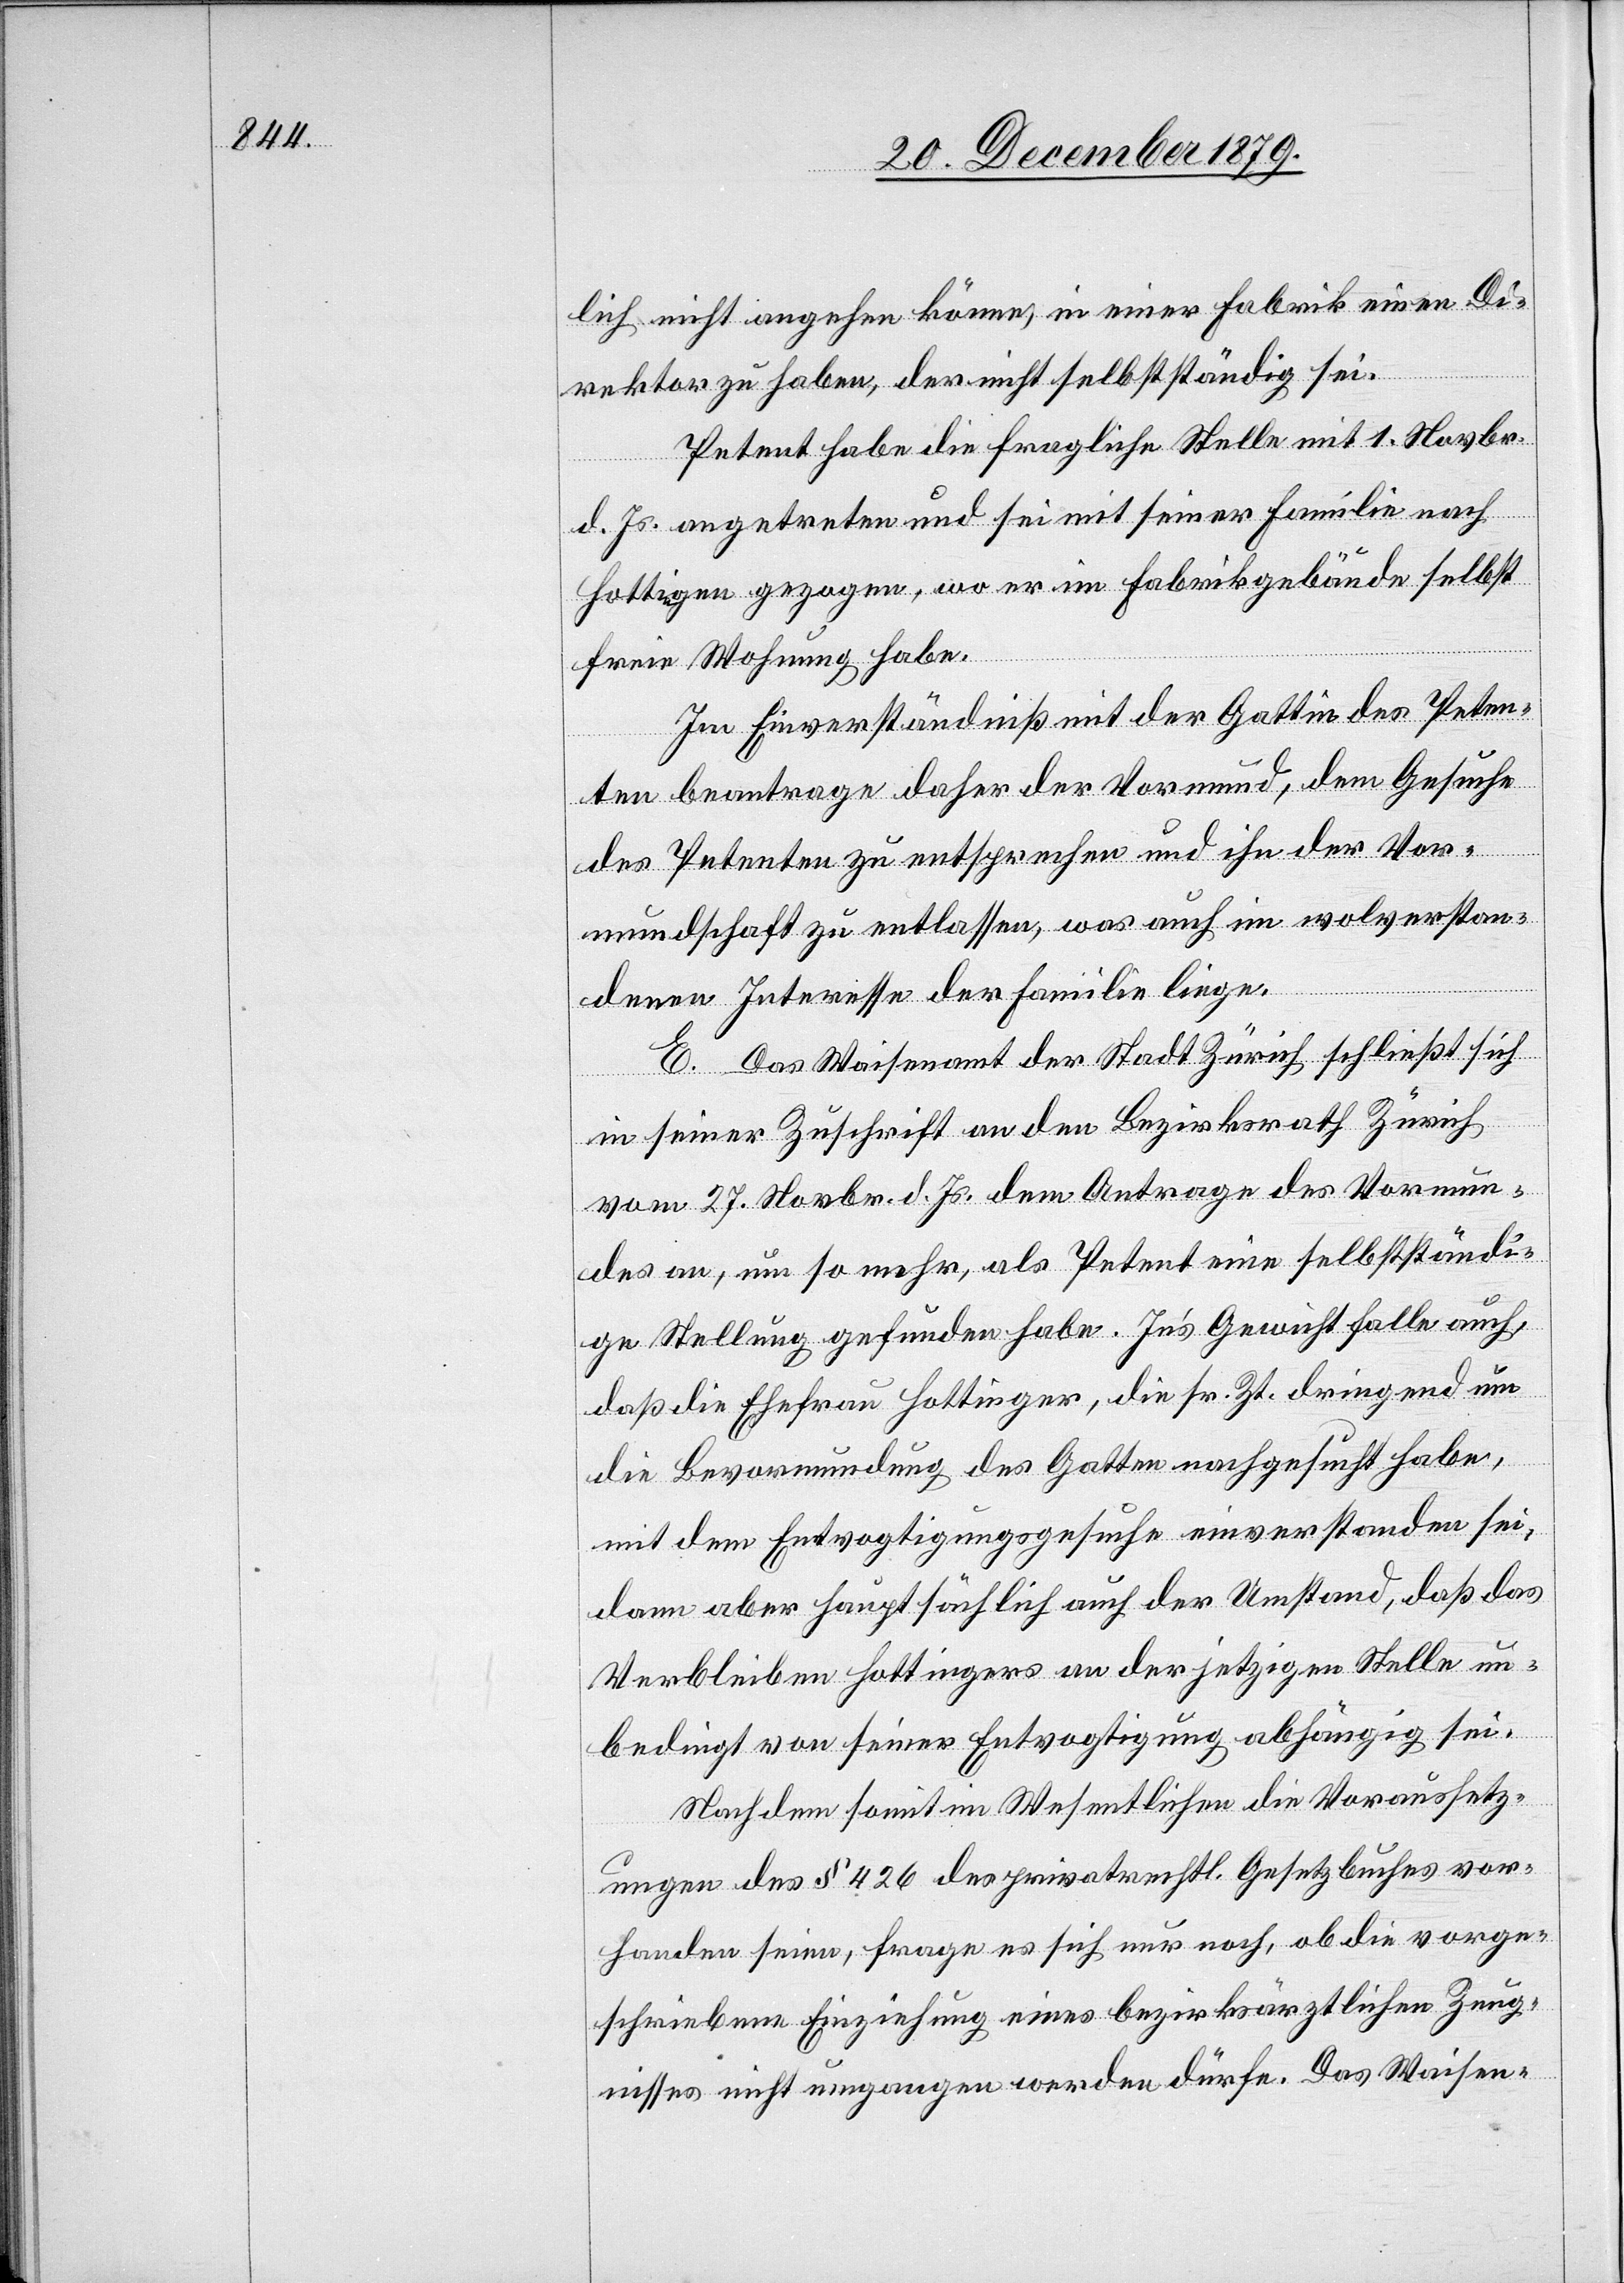
lich nicht angehen könne, in einer Fabrik einen Di¬
rektor zu haben, der nicht selbstständig sei.
Petent habe die fragliche Stelle mit 1. Novbr.
d. Js. angetreten und sei mit seiner Familie nach
Hottingen gezogen, wo er im Fabrikgebäude selbst
freie Wohnung habe.
Im Einverständniß mit der Gattin des Peten¬
ten beantrage daher der Vormund, dem Gesuche
des Petenten zu entsprechen und ihn der Vor¬
mundschaft zu entlassen, was auch im wolverstan¬
denen Interesse der Familie liege.
E. Das Waisenamt der Stadt Zürich schließt sich
in seiner Zuschrift an den Bezirksrath Zürich
vom 27. Novbr. d. Js. dem Antrage des Vormun¬
des an, um so mehr, als Petent eine selbstständi¬
ge Stellung gefunden habe. In’s Gewicht falle auch,
daß die Ehefrau Hottinger, die sr. Zt. dringend um
die Bevormundung des Gatten nachgesucht habe,
mit dem Entvogtigungsgesuche einverstanden sei,
dann aber hauptsächlich auch der Umstand, daß das
Verbleiben Hottingers an der jetzigen Stelle un¬
bedingt von seiner Entvogtigung abhängig sei.
Nachdem somit im Wesentlichen die Voraussetz¬
ungen des § 426 des privatrechtl. Gesetzbuches vor¬
handen seien, frage es sich nur noch, ob die vorge¬
schriebene Einziehung eines bezirksräthlichen Zeug¬
nisses nicht umgangen werden dürfe. Das Waisen-